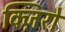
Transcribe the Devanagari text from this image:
क्ज़िरो